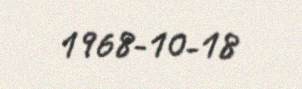
1968-10-18